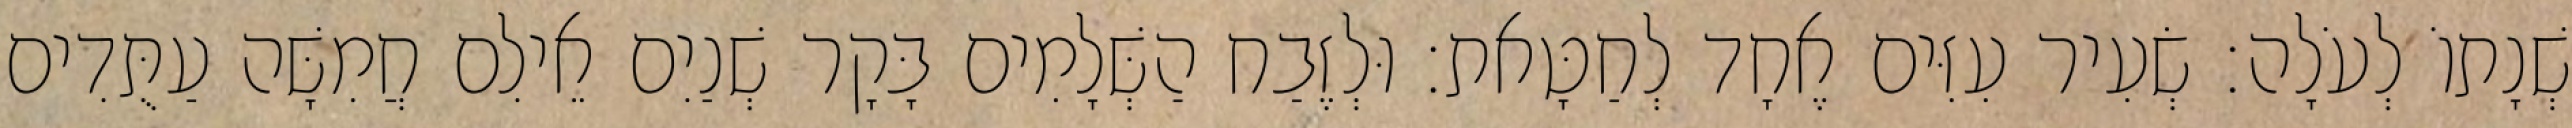
שְׁנָתוֹ לְעֹלָה׃ שְׂעִיר עִזִּים אֶחָד לְחַטָּאת׃ וּלְזֶבַח הַשְּׁלָמִים בָּקָר שְׁנַיִם אֵילִם חֲמִשָּׁה עַתֻּדִים